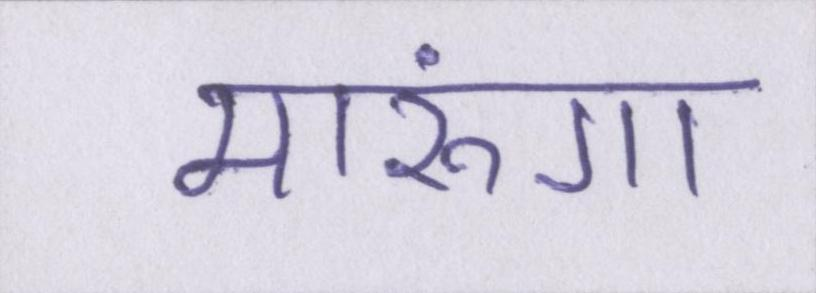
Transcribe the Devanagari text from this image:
मारूंगा